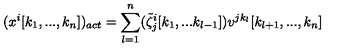
( x ^ { i } [ k _ { 1 } , . . . , k _ { n } ] ) _ { a c t } = \sum _ { l = 1 } ^ { n } ( \tilde { \zeta } _ { j } ^ { i } [ k _ { 1 } , . . . k _ { l - 1 } ] ) v ^ { j k _ { l } } [ k _ { l + 1 } , . . . , k _ { n } ]